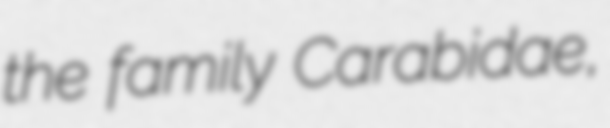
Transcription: the family Carabidae,